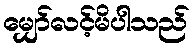
မျှော်လင့်မိပါသည်